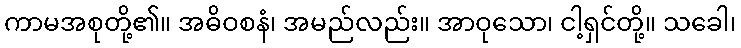
ကာမအစုတို့၏။ အဓိဝစနံ၊ အမည်လည်း။ အာဝုသော၊ ငါ့ရှင်တို့။ သခေါ၊